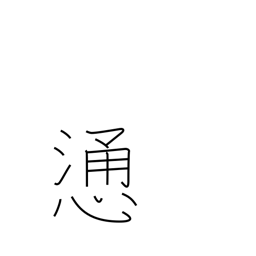
Meaning: direct